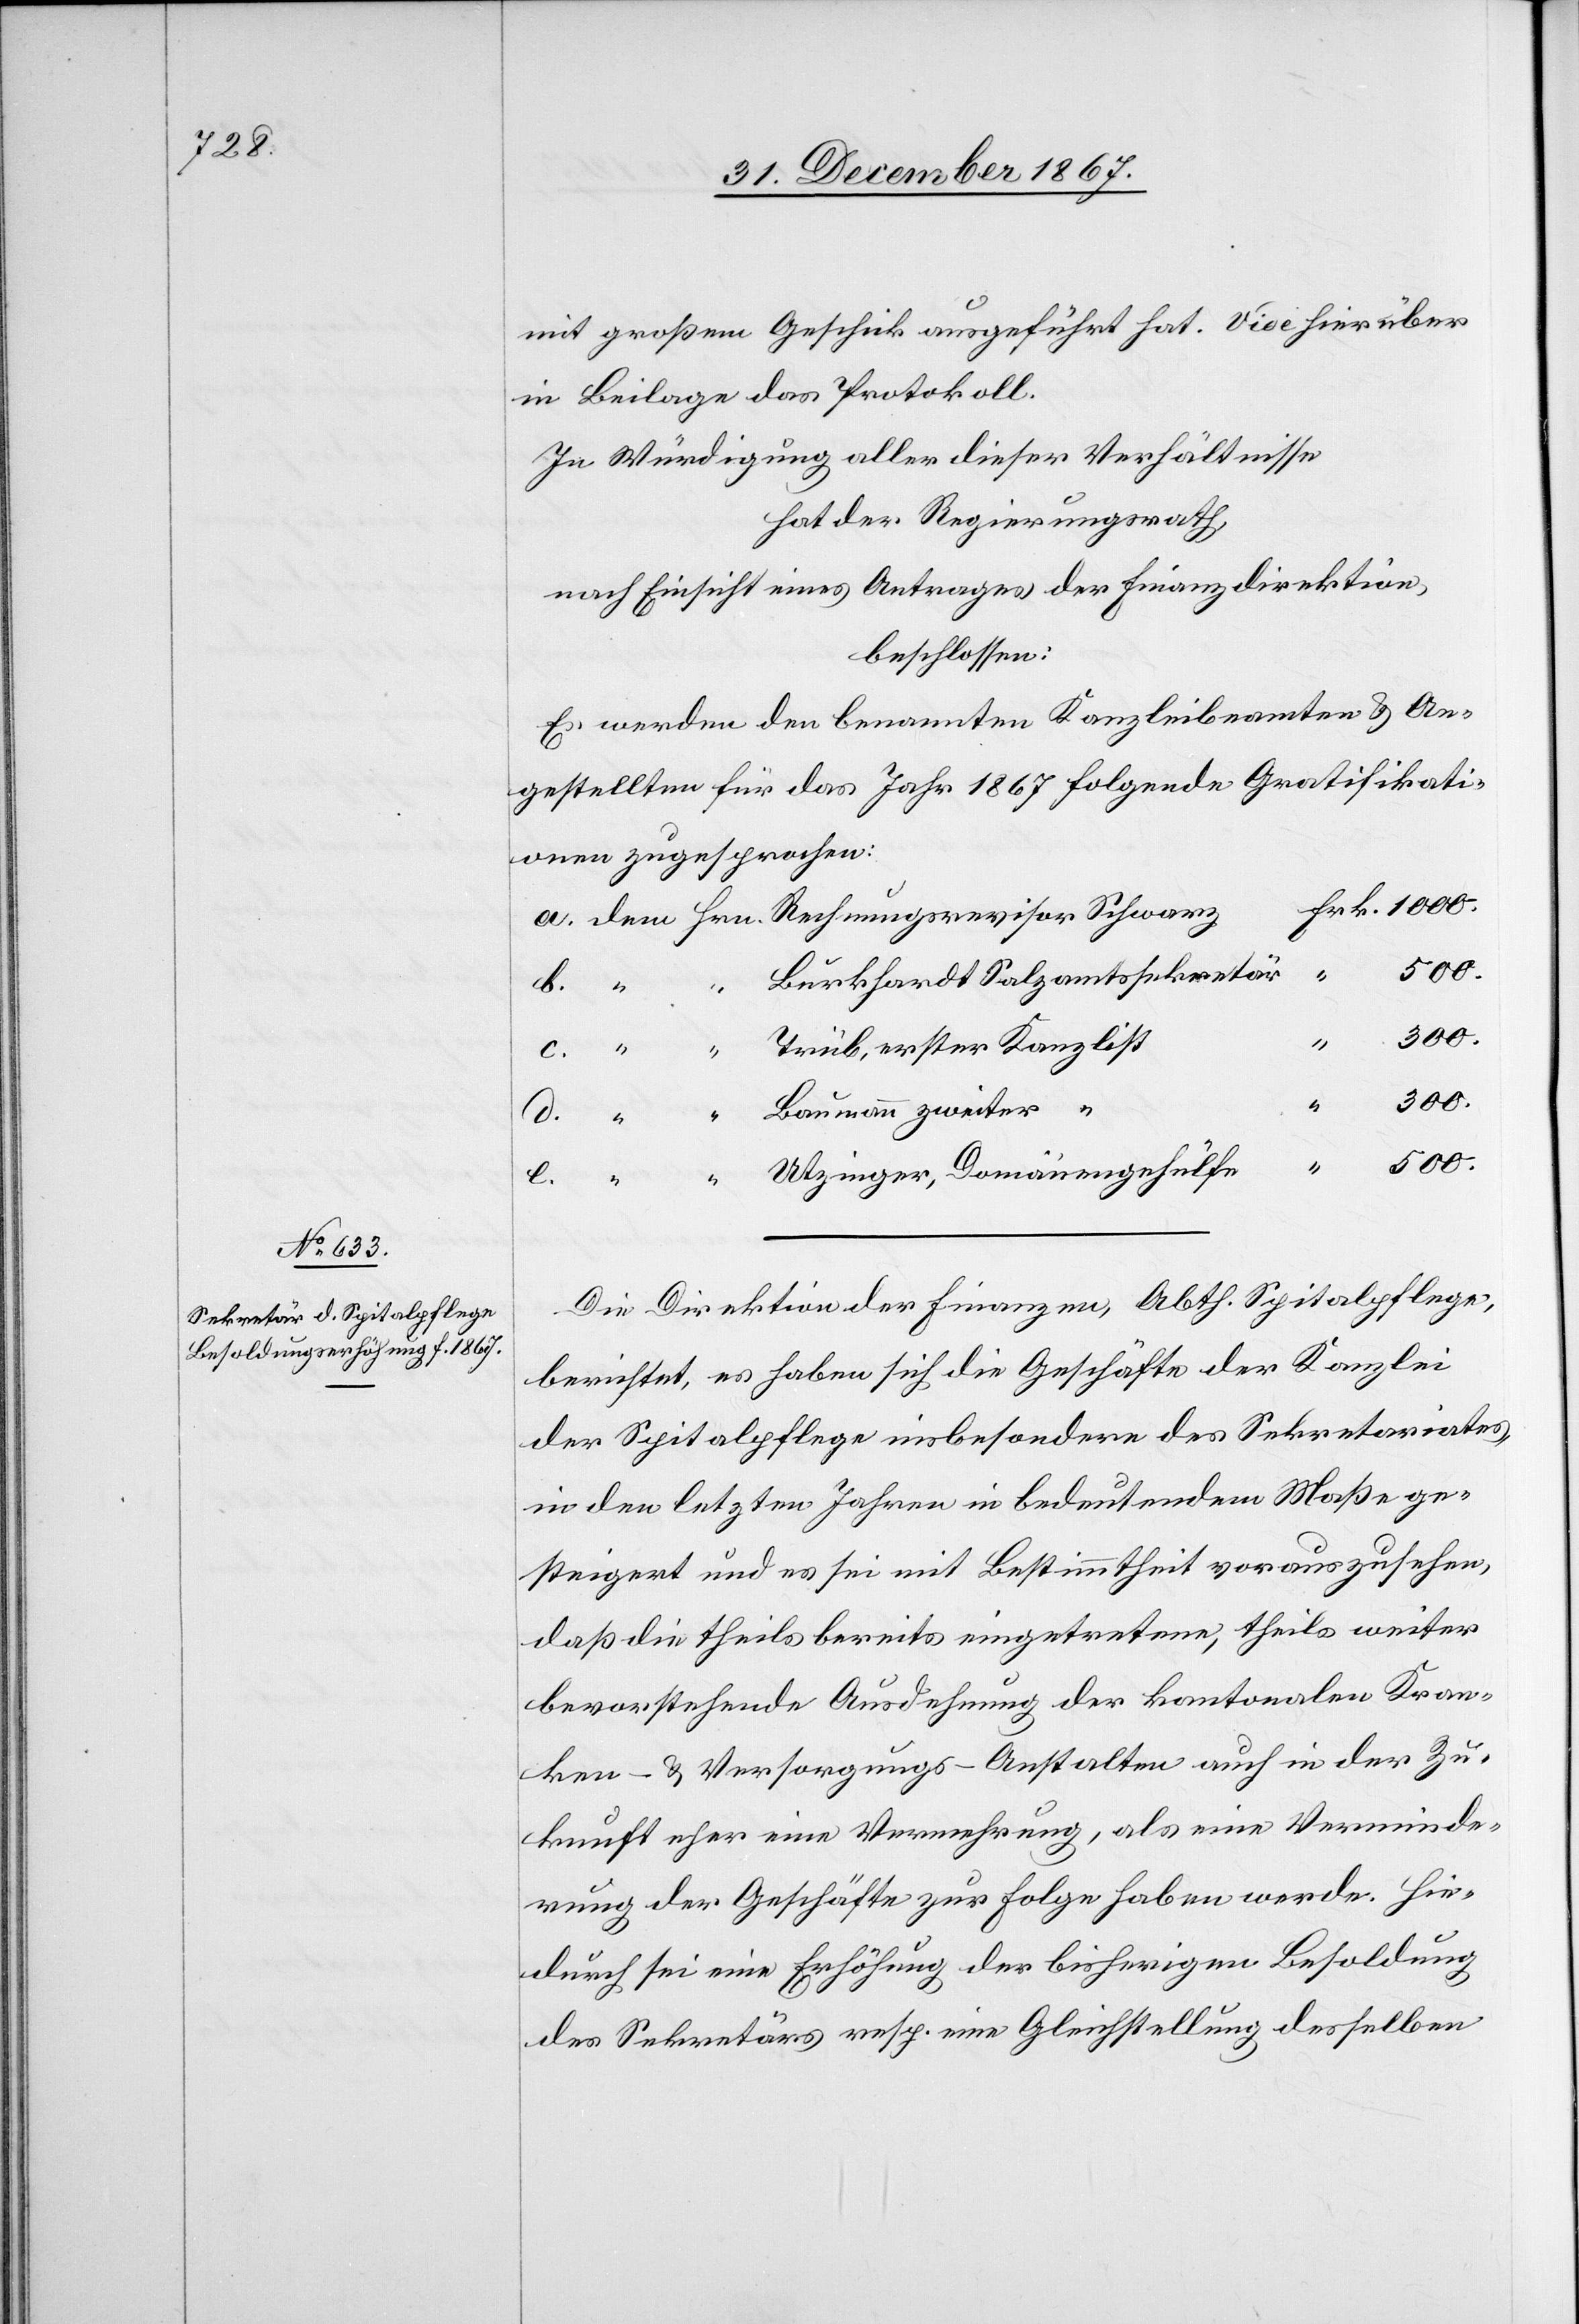
mit großem Geschick ausgeführt hat. Vide hierüber
in Beilage das Protokoll.
In Würdigung aller dieser Verhältnisse
hat der Regierungsrath
nach Einsicht eines Antrages der Finanzdirektion
beschlossen:
Es werden den benannten Kanzleibeamten u. An¬
gestellten für das Jahr 1867 folgende Gratifikati¬
onen zugesprochen:
“
500.
Burkhardt Salzamtssekretär
c.
“
300.
e.
Trüb, erster Kanzlist
Naumann zweiter “
Die Direktion der Finanzen, Abth. Spitalpflege
berichtet, es haben sich die Geschäfte der Kanzlei
der Spitalpflege insbesondere des Sekretariates
in den letzten Jahren in bedeutendem Maße ge¬
steigert und es sei mit Bestimmtheit vorauszusehen,
daß die theils bereits eingetretene, theils weiter
bevorstehende Ausdehnung der kantonalen Kran¬
ken- u. Versorgungs-Anstalten auch in der Zu¬
kunft eher eine Vermehrung, als eine Verminde¬
rung der Geschäfte zur Folge haben werde. Hie¬
durch sei eine Erhöhung der bisherigen Besoldung
des Sekretärs resp. eine Gleichstellung desselben